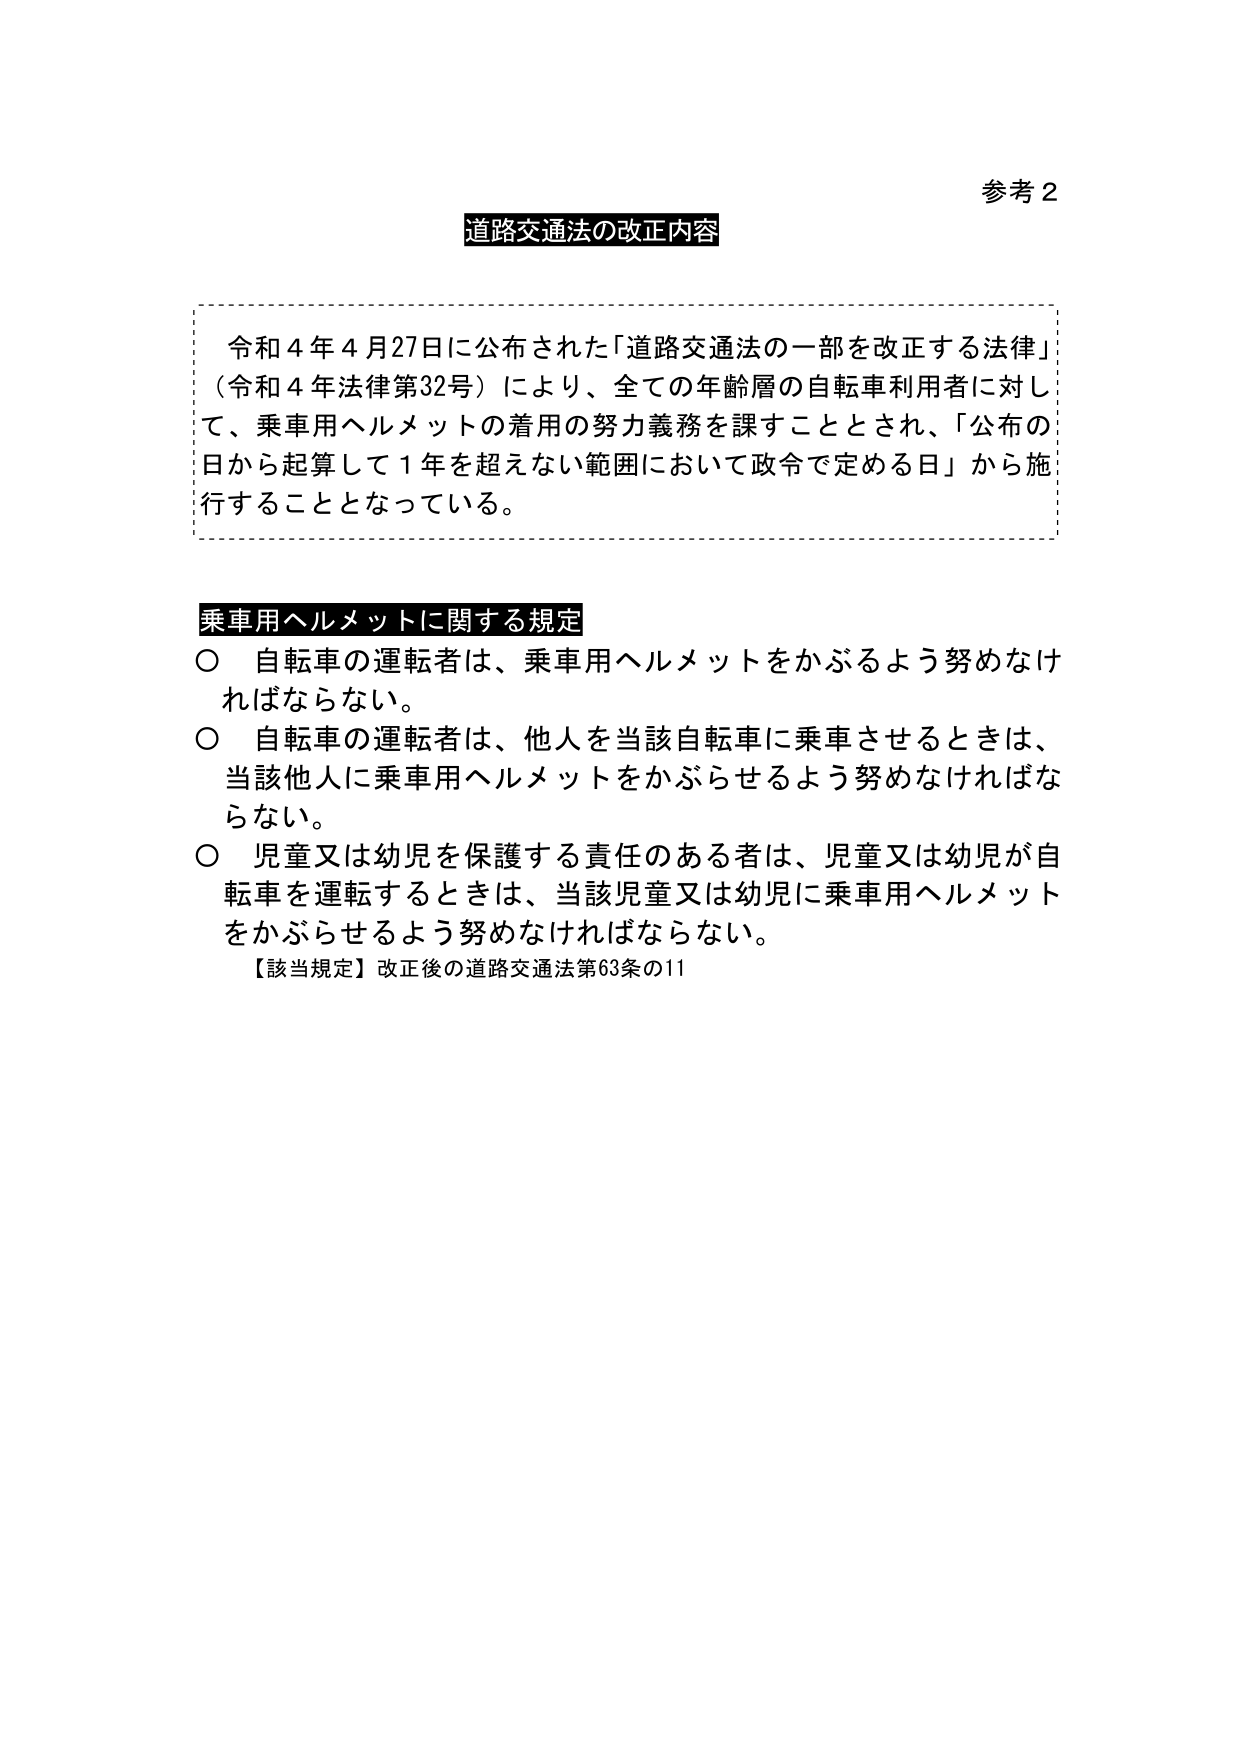
参考２

道路交通法の改正内容

令和４年４月27日に公布された「道路交通法の一部を改正する法律」
（令和４年法律第32号）により、全ての年齢層の自転車利用者に対し
て、乗車用ヘルメットの着用の努力義務を課すこととされ、「公布の
日から起算して１年を超えない範囲において政令で定める日」から施
行することとなっている。

乗車用ヘルメットに関する規定
○ 自転車の運転者は、乗車用ヘルメットをかぶるよう努めなけ
ればならない。
○ 自転車の運転者は、他人を当該自転車に乗車させるときは、
当該他人に乗車用ヘルメットをかぶらせるよう努めなければな
らない。
○ 児童又は幼児を保護する責任のある者は、児童又は幼児が自
転車を運転するときは、当該児童又は幼児に乗車用ヘルメット
をかぶらせるよう努めなければならない。
【該当規定】改正後の道路交通法第63条の11